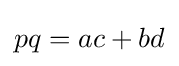
pq=ac+bd